Indian journal of veterinary science and animal husbandry - Volumes 26-27, 1956-1957
Year: 1956
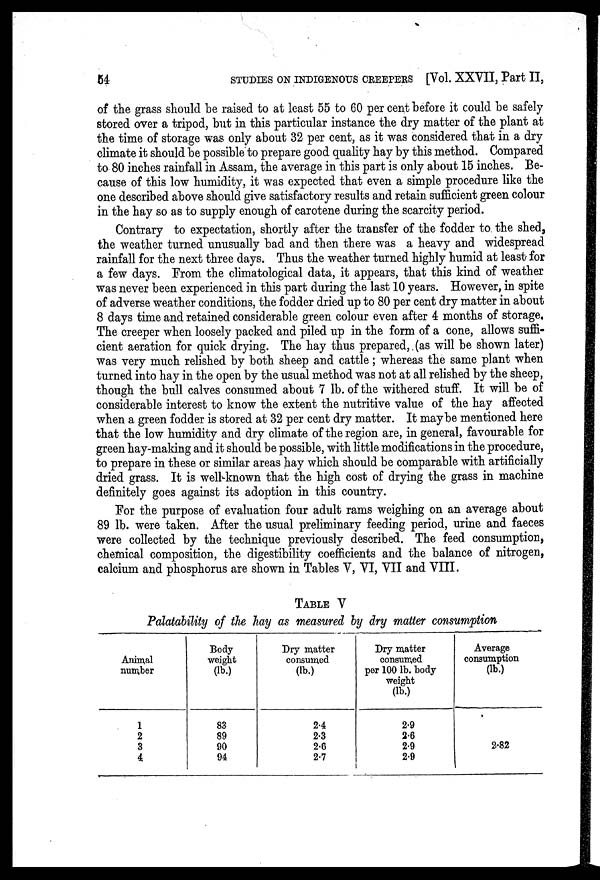
64
STUDIES ON INDIGENOUS CREEPERS [Vol. XXVII, Part II,
of the grass should be raised to at least 55 to 60 per cent before it could be safely
stored over a tripod, but in this particular instance the dry matter of the plant at
the time of storage was only about 32 per cent, as it was considered that in a dry
climate it should be possible to prepare good quality hay by this method. Compared
to 80 inches rainfall in Assam, the average in this part is only about 15 inches. Be-
cause of this low humidity, it was expected that even a simple procedure like the
one described above should give satisfactory results and retain sufficient green colour
in the hay so as to supply enough of carotene during the scarcity period.
Contrary to expectation, shortly after the transfer of the fodder to the shed,
the weather turned unusually bad and then there was a heavy and widespread
rainfall for the next three days. Thus the weather turned highly humid at least for
a few days. From the climatological data, it appears, that this kind of weather
was never been experienced in this part during the last 10 years. However, in spite
of adverse weather conditions, the fodder dried up to 80 per cent dry matter in about
8 days time and retained considerable green colour even after 4 months of storage.
The creeper when loosely packed and piled up in the form of a cone, allows suffi-
cient aeration for quick drying. The hay thus prepared, (as will be shown later)
was very much relished by both sheep and cattle ; whereas the same plant when
turned into hay in the open by the usual method was not at all relished by the sheep,
though the bull calves consumed about 7 lb. of the withered stuff. It will be of
considerable interest to know the extent the nutritive value of the hay affected
when a green fodder is stored at 32 per cent dry matter. It maybe mentioned here
that the low humidity and dry climate of the region are, in general, favourable for
green hay-making and it should be possible, with little modifications in the procedure,
to prepare in these or similar areas hay which should be comparable with artificially
dried grass. It is well-known that the high cost of drying the grass in machine
definitely goes against its adoption in this country.
For the purpose of evaluation four adult rams weighing on an average about
89 lb. were taken. After the usual preliminary feeding period, urine and faeces
were collected by the technique previously described. The feed consumption,
chemical composition, the digestibility coefficients and the balance of nitrogen,
calcium and phosphorus are shown in Tables V, VI, VII and VIII.
TABLE V
Palatability of the hay as measured by dry matter consumption
Animal
number
1
2
3
4
Body
weight
(lb.)
83
89
90
94
Dry matter
consumed
(lb.)
2.4
2.3
2.6
2.7
Dry matter
consumed
per 100 lb. body
weight
(1b.)
2.9
2.6
2.9
2.9
Average
consumption
(lb.)
2.82